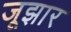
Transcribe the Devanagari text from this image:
जूझार